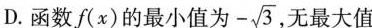
D.函数f(x)的最小值为-\sqrt{3}，无最大值